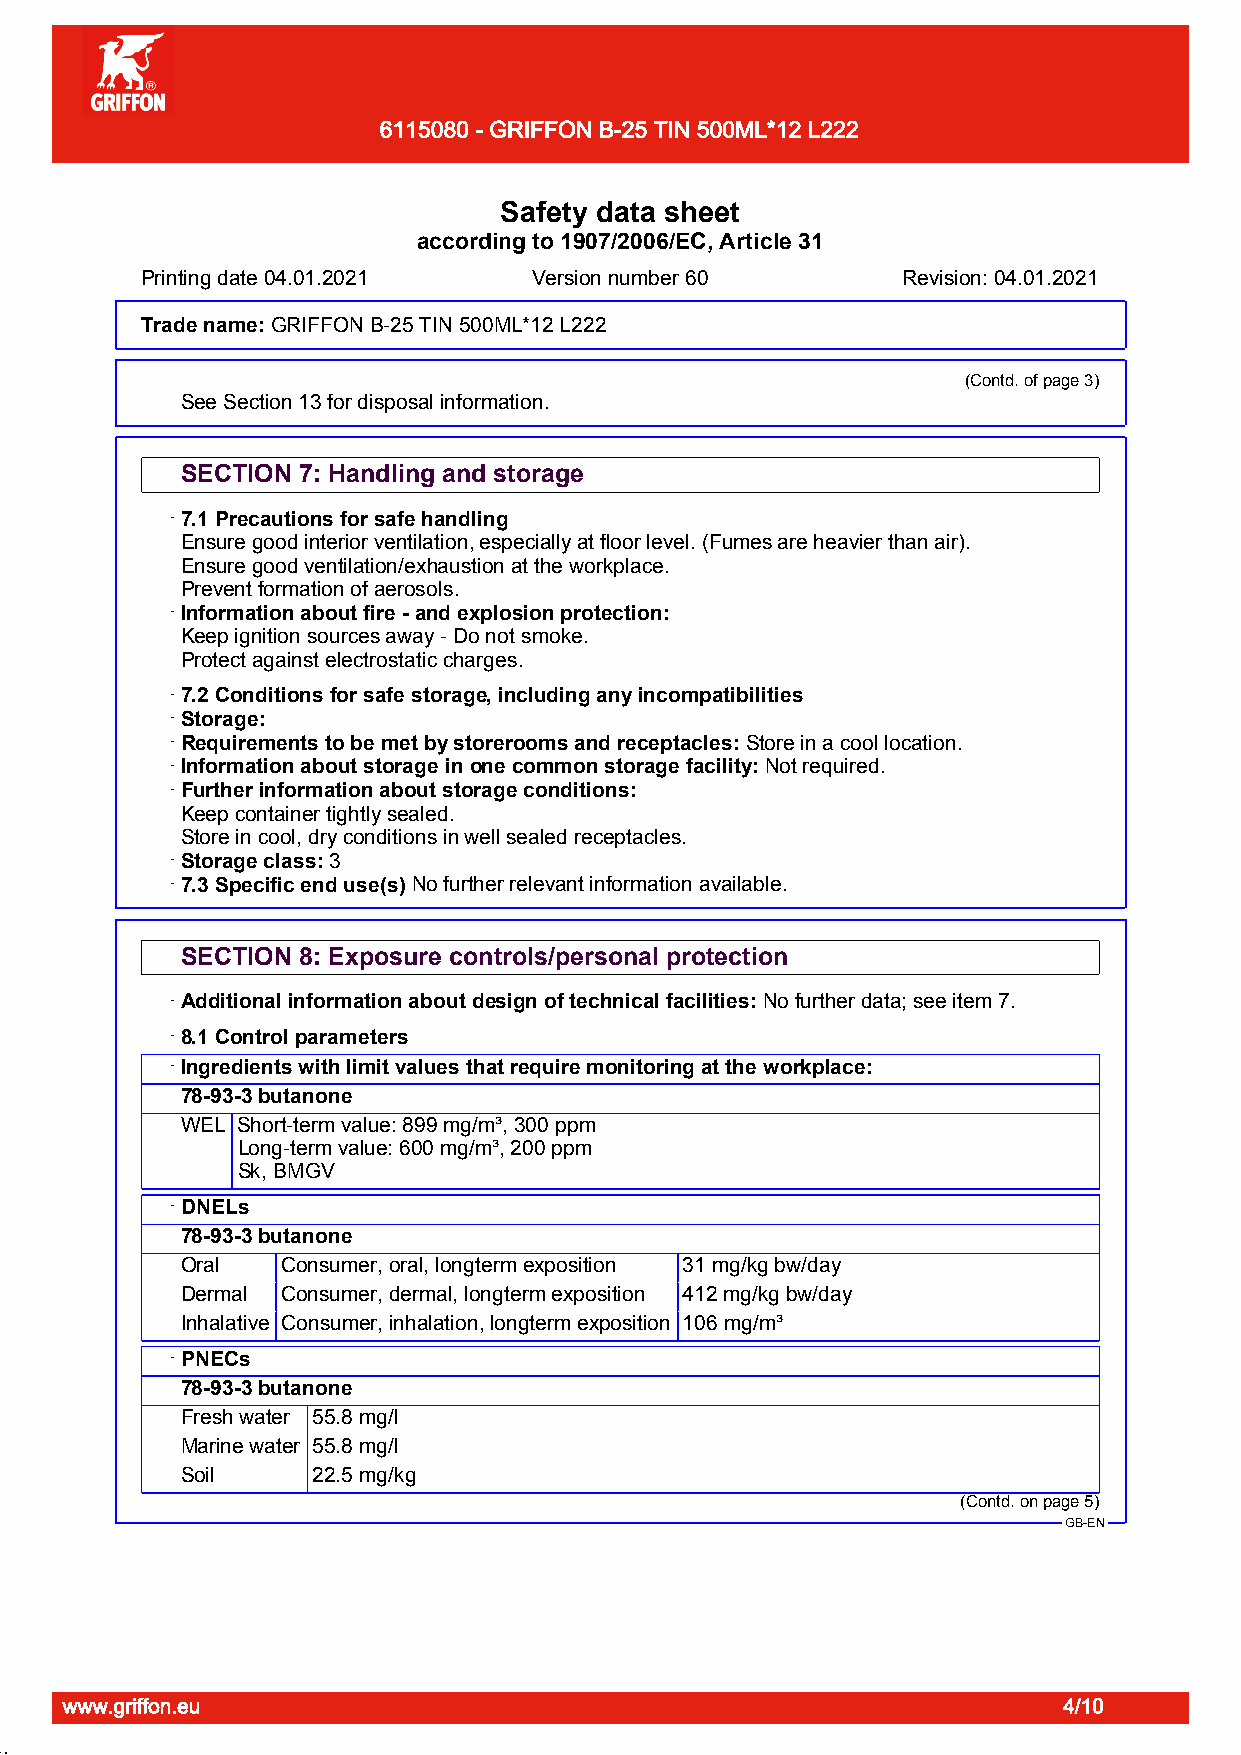
6115080 - GRIFFON B-25 TIN 500ML*12 L222
 Page 4/10
 Safety data sheet
 according to 1907/2006/EC, Article 31
 Printing date 04.01.2021  Version number 60        Revision: 04.01.2021
 Trade name:GDuRrIaFpFiOpNe OBn-2e5 S TtIeNp 5A0B0MS LS*o1l2v eLn2t2 2Cement
 (Contd. of page 3)
 See Section 13 for disposal information.
 SECTION 7: Handling and storage
 · 7.1 Precautions for safe handling
 Ensure good interior ventilation, especially at floor level. (Fumes are heavier than air).
 Ensure good ventilation/exhaustion at the workplace.
 Prevent formation of aerosols.
 · Information about fire - and explosion protection:
 Keep ignition sources away - Do not smoke.
 Protect against electrostatic charges.
 · 7.2 Conditions for safe storage, including any incompatibilities
 · Storage:
 · Requirements to be met by storerooms and receptacles:Store in a cool location.
 · Information about storage in one common storage facility:Not required.
 · Further information about storage conditions:
 Keep container tightly sealed.
 Store in cool, dry conditions in well sealed receptacles.
 · Storage class:3
 · 7.3 Specific end use(s)No further relevant information available.
 SECTION 8: Exposure controls/personal protection
 · Additional information about design of technical facilities:No further data; see item 7.
 · 8.1 Control parameters
 · Ingredients with limit values that require monitoring at the workplace:
 78-93-3butanone
 WEL Short-term value: 899 mg/m³, 300 ppm
 Long-term value: 600 mg/m³, 200 ppm
 Sk, BMGV
 · DNELs
 78-93-3butanone
 Oral   Consumer, oral, longterm exposition 31 mg/kg bw/day
 Dermal Consumer, dermal, longterm exposition 412 mg/kg bw/day
 Inhalative Consumer, inhalation, longterm exposition 106 mg/m³
 · PNECs
 78-93-3butanone
 Fresh water 55.8 mg/l
 Marine water 55.8 mg/l
 Soil     22.5 mg/kg
 (Contd. on page 5)
 GB-EN
 www.griffon.eu                                                    4/10
 51.1.22